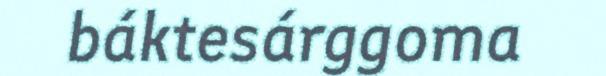
báktesárggoma